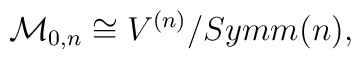
{\cal M}_{0,n}\cong V^{(n)}/{Symm}(n),